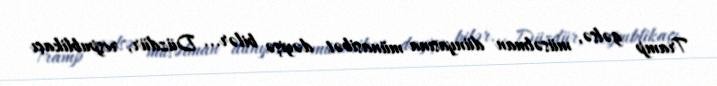
Tramp gəlsə, müsəlman dünyasına münasibət dəyişə bilər... Düzdür, respublikaçı